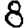
Digit: 8